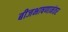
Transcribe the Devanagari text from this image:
बीजभाषणानंतर